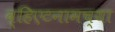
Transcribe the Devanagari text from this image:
व्हिएटनामच्या